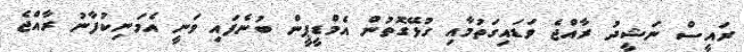
ރައީސް ނަޝީދު ރާއްޖެ ވަޑައިގަތުމާއި ގުޅޭގޮތުން އެމްޑީޕީން ބުނެފައި ވަނީ އެމަނިކުފާނު ރާއްޖެ